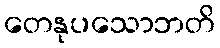
တေနုပသောဘတိ